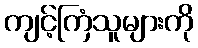
ကျင့်ကြံသူများကို